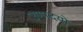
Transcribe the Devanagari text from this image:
उणादयो